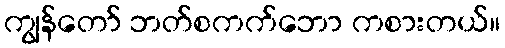
ကျွန်တော် ဘတ်စကက်ဘော ကစားတယ်။